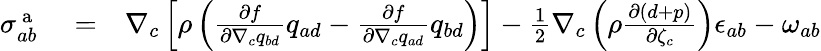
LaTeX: \begin{array}{rlr}{{\sigma}_{ab}^{\mathrm{~a~}}}&{{}=}&{\nabla_{c}\left[\rho\left(\frac{\partial f}{\partial\nabla_{c}q_{bd}}q_{ad}-\frac{\partial f}{\partial\nabla_{c}q_{ad}}q_{bd}\right)\right]-\frac{1}{2}\nabla_{c}\left(\rho\frac{\partial(d+p)}{\partial\zeta_{c}}\right)\epsilon_{ab}-\omega_{ab}}\end{array}